Civil Veterinary Dept. Bombay admin report 1900-1906 - 1900-1906
Year: 1900
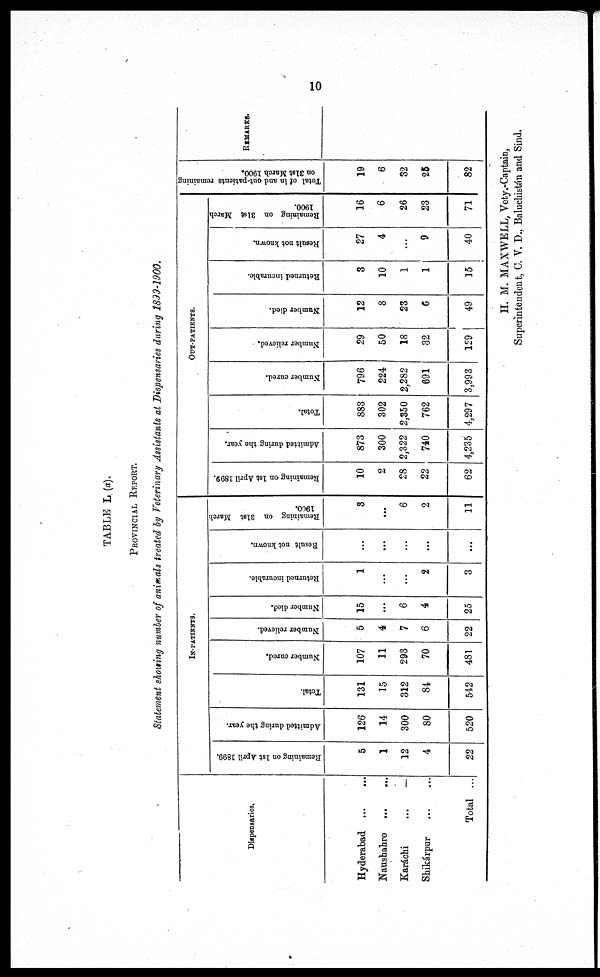
10
TABLE L (a).
PROVINCIAL REPORT.
Statement showing number of animals treated by Veterinary Assistants at Dispensaries during 1899-1900.
Dispensaries.
Hyderabad
...
...
Naushahro
...
...
Karáchi
...
...
Shikárpur ... ...
Total ...
IN-PATIENTS.
Remaining on 1st April 1899.
5
1
12
4
22
Admitted during the year.
126
14
300
80
520
Total.
131
15
312
84
542
Number cured.
107
11
293
70
481
Number relieved.
5
4
7
6
22
Number died.
15
...
6
4
25
Returned incurable.
1
...
...
2
3
Result not known.
...
...
...
...
...
Remaining on 31st March
1900.
3
...
6
2
11
OUT-PATIENTS.
Remaining on 1st April 1899.
10
2
28
22
62
Admitted during the year.
873
300
2,322
740
4,235
Total.
883
302
2,350
762
4,297
Number cured.
796
224
2,282
691
3,993
Number relieved.
29
50
18
32
129
Number died.
12
8
23
6
49
Returned incurable.
3
10
1
1
15
Result not known.
27
4
...
9
40
Remaining on 31st March
1900.
16
6
26
23
71
Total of in and out-patients remaining
on 31st March 1900.
19
6
32
25
82
REMARKS.
H. M. MAXWELL, Vety.-Captain,
Superintendent, C. V. D., Baluchistán and Sind.